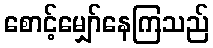
စောင့်မျှော်နေကြသည်